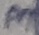
Text: 3